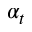
\alpha _ { t }